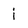
Character: i